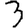
Digit: 3